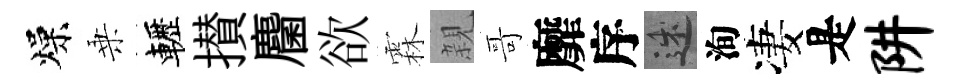
燥乗轣攅麕欲霖親哥靡序述洵凄是阱